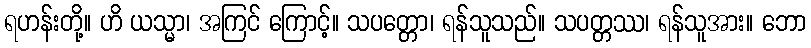
ရဟန်းတို့။ ဟိ ယသ္မာ၊ အကြင် ကြောင့်။ သပတ္တော၊ ရန်သူသည်။ သပတ္တဿ၊ ရန်သူအား။ ဘော